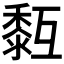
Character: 𪏳